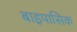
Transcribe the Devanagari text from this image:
बाइपासिक